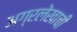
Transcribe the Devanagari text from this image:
अग्रलेखाची